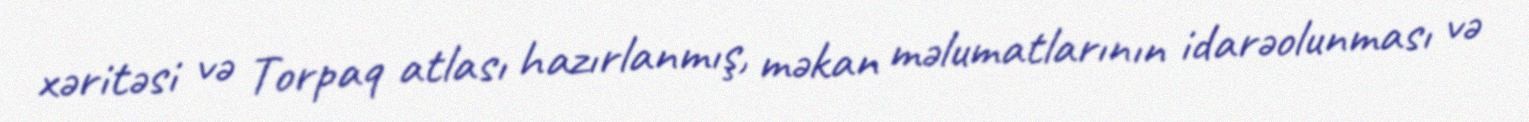
xəritəsi və Torpaq atlası hazırlanmış, məkan məlumatlarının idarəolunması və